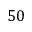
5 0